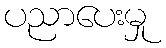
ပညာပေးမှု